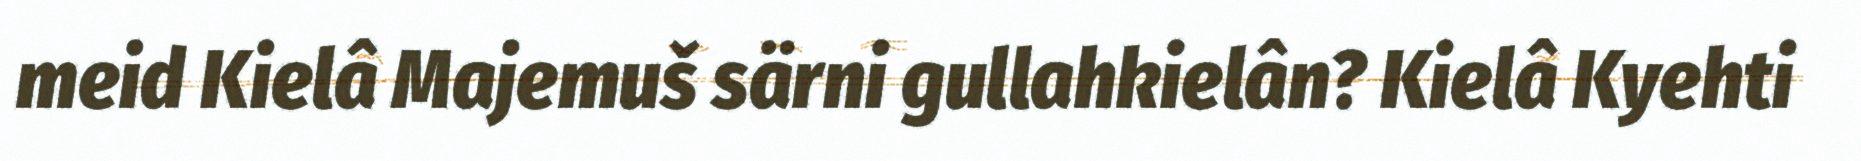
meid Kielâ Majemuš särni gullahkielân? Kielâ Kyehti